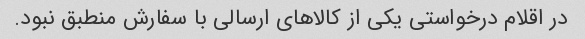
در اقلام درخواستی یکی از کالاهای ارسالی با سفارش منطبق نبود.